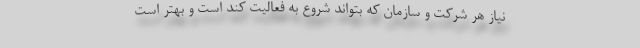
نیاز هر شرکت و سازمان که بتواند شروع به فعالیت کند است و بهتر است